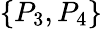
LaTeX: \{ P_{3},P_{4}\}